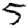
Digit: 5